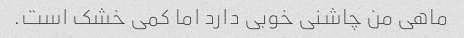
ماهی من چاشنی خوبی دارد اما کمی خشک است.